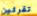
تقرئين